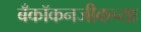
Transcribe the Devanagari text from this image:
बँकॉकनजीकच्या